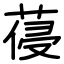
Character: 葠